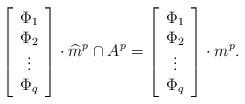
LaTeX: \begin{gather*}\left[\begin{array}{c}\Phi_{1}\\ \Phi_{2}\\ \vdots \\ \Phi_{q} \end{array}\right]\cdot \widehat{m}^{p}\cap A^{p}=\left[\begin{array}{c}\Phi_{1}\\ \Phi_{2}\\ \vdots \\ \Phi_{q} \end{array}\right]\cdot m^{p}.\end{gather*}